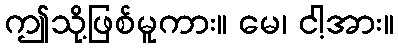
ဤသို့ဖြစ်မူကား။ မေ၊ ငါ့အား။